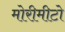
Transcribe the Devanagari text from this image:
मोरीमीटो